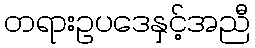
တရားဥပဒေနှင့်အညီ